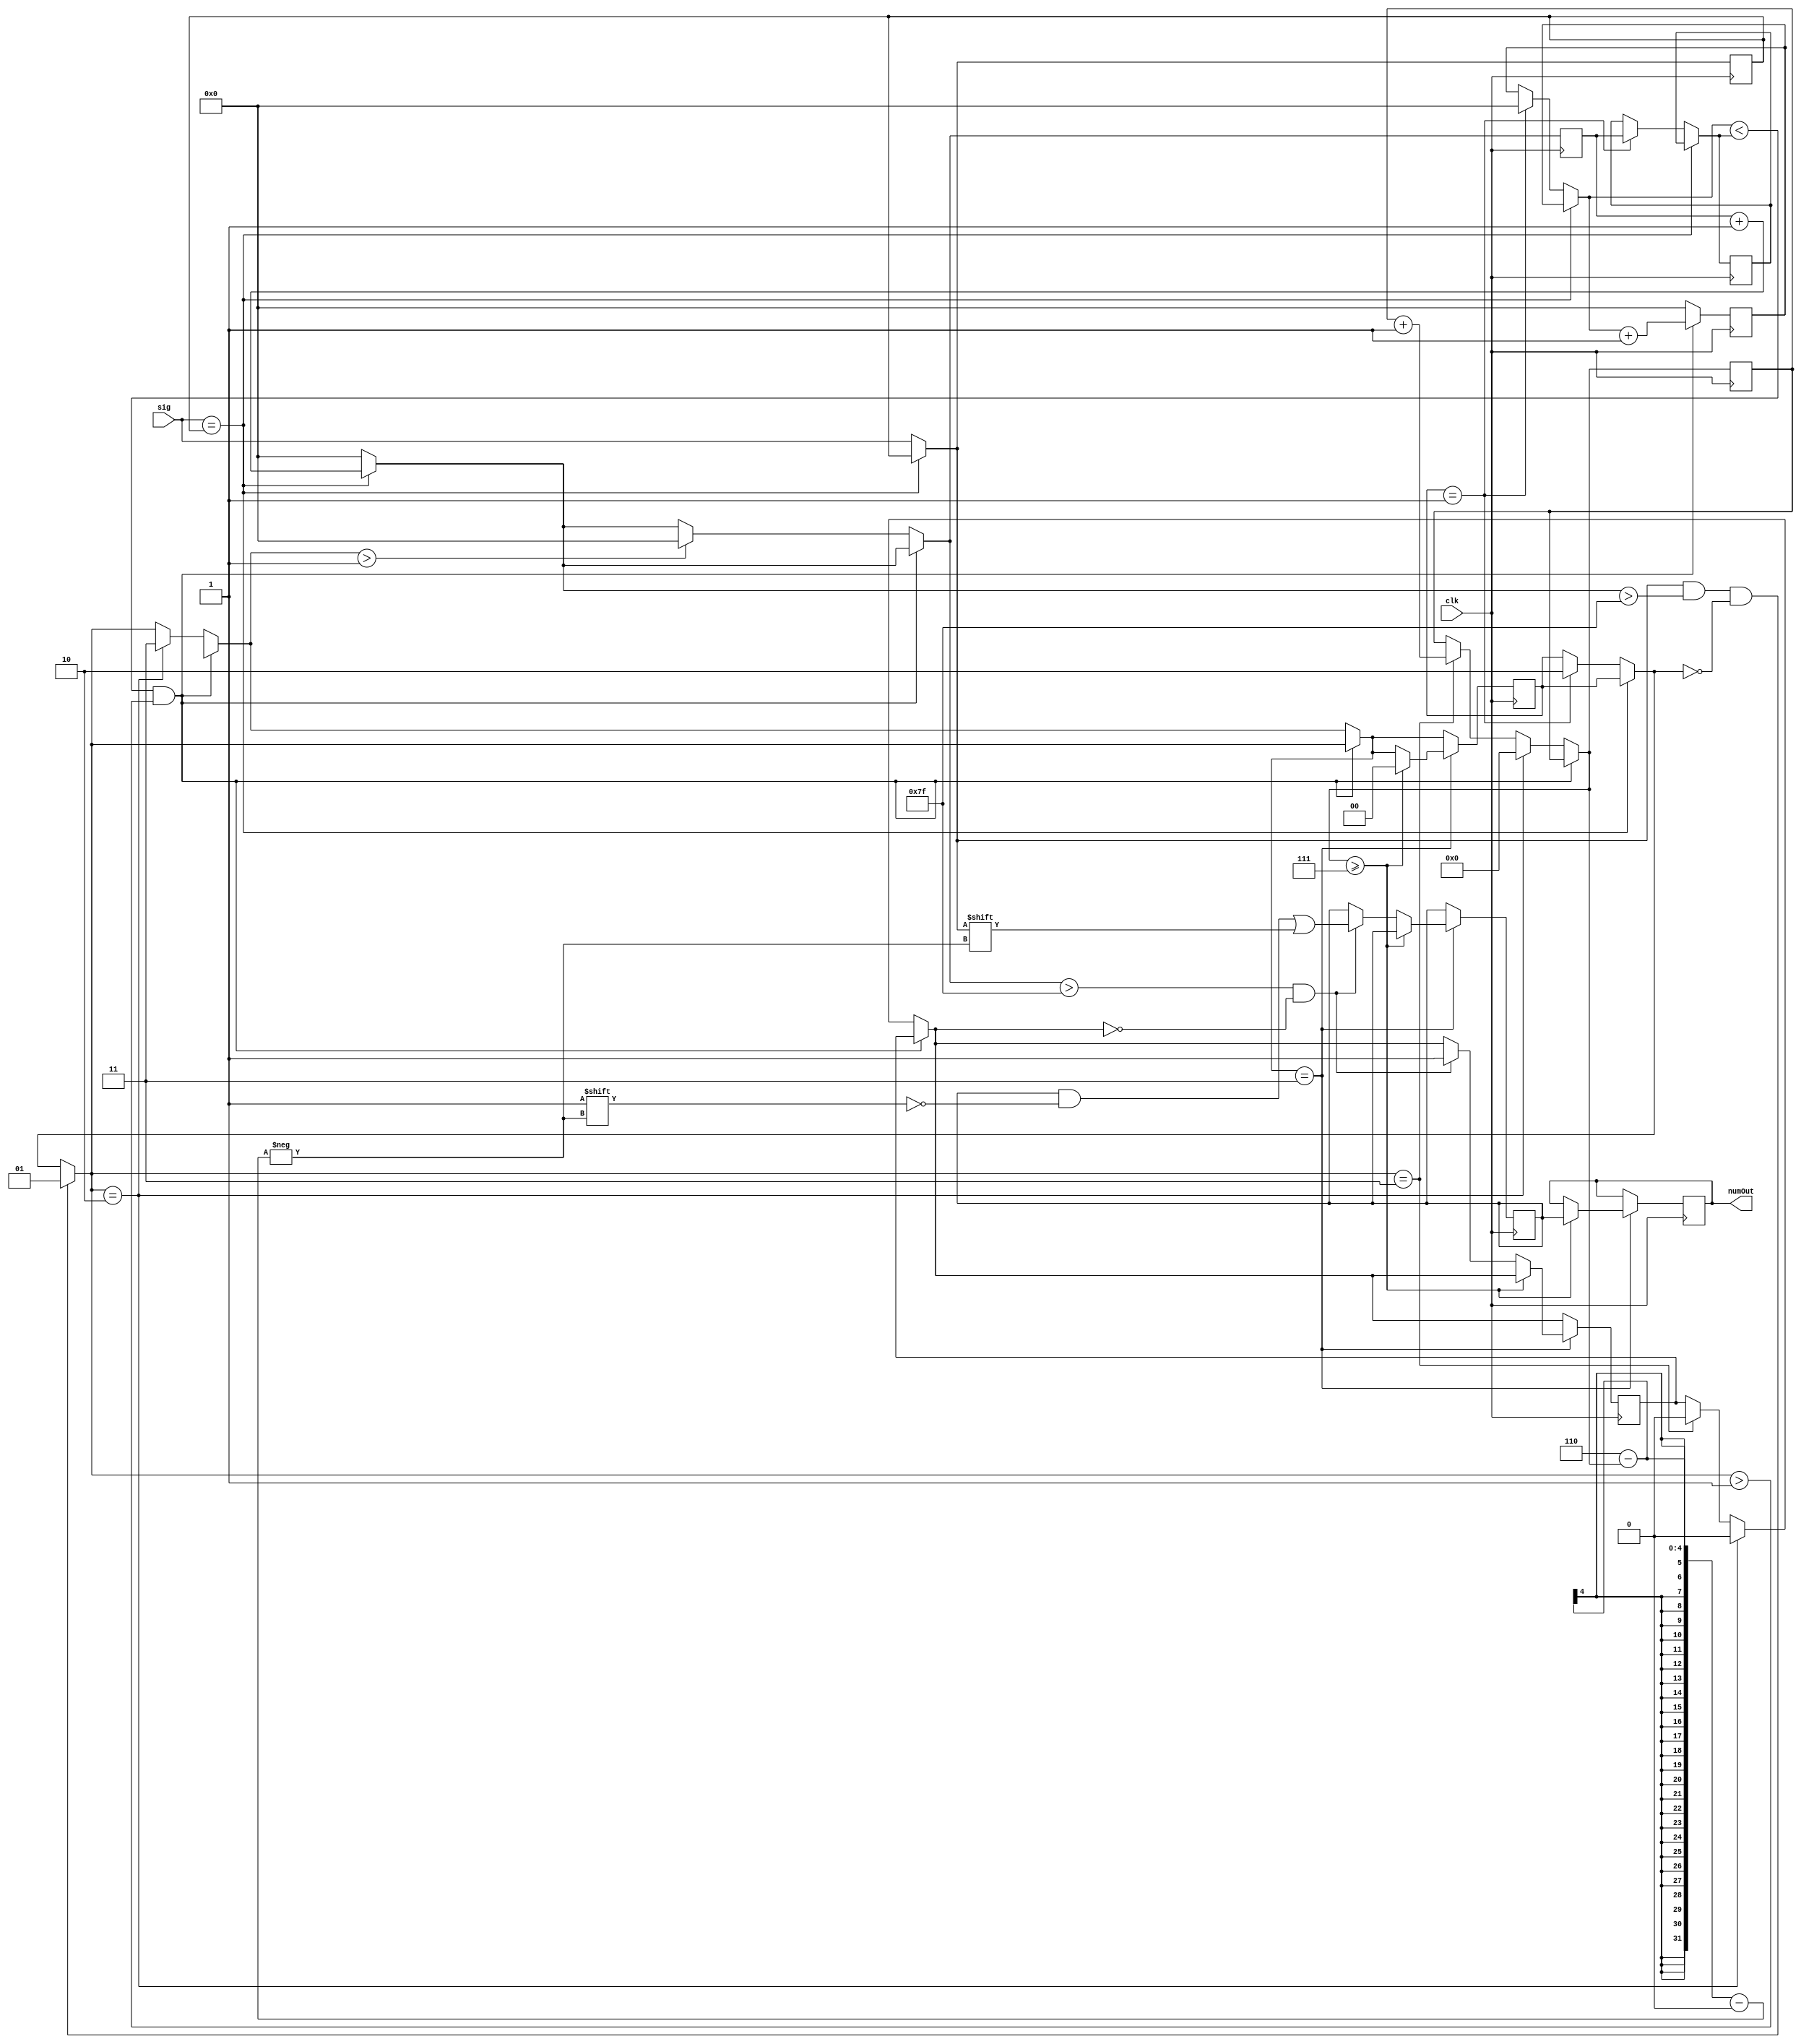
module Decoder(clk, sig, numOut);
/***
This module decodes an input signal, sig, reading a number, num.  The encoding is as follows: an initial HIGH pulse of length, tau_w clock cycles, appears, followed by an LOW pulse of equal length.  After the LOW pulse, the bits are encoded from most significant bit to least in time bins of length, tau_w, with bins adjacent to one another.  Finally, the input goes LOW. For example, a bit sequence along the lines of

1110001111110001110000000

would give a binary number, 1101.

This module decodes the signal by timing the initial HIGH pulse to determine tau_w, and then averaging a portion of the input sequence in each time bin of the recorded length, tau_w.

Ted Golfinopoulos, 9 Aug 2012
*/

parameter NUM_SIZE=7;
parameter TIMER_SIZE=13; //Number of bits in timer for measuring duration of ON/OFF pulses in clock cycles.  For 10E6 Hz clock and 2E3 Hz maximum input signal, ON/OFF pulses are 1/2E3 Hz = 500 us, so register has to be able to count to at least 10E6/2E3 = 5E3 < 2^13 = 8192.

parameter THRESHOLD_TIME=127; //Number of consecutive clock cycles that the signal must hold its value before the state is accepted as genuine.

input clk, sig;

output wire [NUM_SIZE-1:0] numOut;

reg [NUM_SIZE-1:0] newNum, lastNum;

reg [3:0] numIndex; //Number to indicate where to index into encoded binary number.

reg sigLast; //Bit holding last value of input state.

//Timers and pulse width registers.
reg [TIMER_SIZE-1:0] sigTimer, sequenceTimer, tau_w;

reg [1:0] stageInSequence; //Number representing the stage in searching for and parsing numbers from serial bit sequences - see below.

reg numLock; //When this bit is high, don't allow changes to bits in decoded number.

assign numOut=lastNum; //Assign wire output to lastNum register.

initial begin
	lastNum=1'b0; //Initialize output.
	newNum=1'b0;
	sigTimer=1'b0;
	sequenceTimer=1'b0;
	tau_w=1'b1;
	sigLast=1'b0;
	stageInSequence=1'b0;
	numIndex=1'b0;
	numLock=1'b0;
end

always @(posedge clk) begin
	//STAGES IN SEQUENCE:
	//0 => waiting for a new sequence.
	//1 => timing initial on pulse.
	//2 => waiting for off time that separates initial arm pulse from number pulse.
	//3 => parsing number pulse

	//TIME HOW LONG SIG HAS BEEN IN CURRENT STATE
	if(sig==sigLast) begin
		//Note - this timer will overflow.
		sigTimer=sigTimer+1'b1;
	end else begin
		//$display("State change");
		if(stageInSequence==1'b1) begin
			tau_w=sigTimer; //If we are timing the pulse length, record time.
			stageInSequence=2'b10; //Advance to next stage - wait for off pulse to finish.
			sequenceTimer=1'b0; //Reset sequence timer.
			sigTimer=1'b0; //Reset signal timer.
			//$display("stageInSequence=%b, sig=%b, tau_w=%d",stageInSequence,sig,tau_w);
		end
		sigTimer=1'b0; //Reset signal timer.
		sigLast=sig; //Update register holding last value of sig.
	end

	//Look for arm pulses - if found, time the arm pulse to calibrate the length of pulses in the sequence.
	if(sigLast && sigTimer>THRESHOLD_TIME && stageInSequence==1'b0) begin
		stageInSequence=1'b1; //Time initial on pulse to calibrate tau_w.
		//$display("stageInSequence=%b, sig=%b",stageInSequence,sig);
	end

	//SEQUENCE TIMER
	if(sequenceTimer<tau_w && stageInSequence>2'b01) begin
		sequenceTimer=sequenceTimer+1'b1; //Increment timer
	end else begin //Reset timer and increment index into parsed number.
		if(stageInSequence==2'b10) begin
			//Initial off period between arm pulse and number pulse is complete - advance stage in sequence.
			stageInSequence=2'b11;
			numIndex=1'b0;
			numLock=1'b0; //Turn off lock for changing bit values.
			//$display("stageInSequence=%b, sig=%b",stageInSequence,sig);
		end else if(stageInSequence==2'b11) begin
			numIndex=numIndex+1'b1; //Increment index in parsed number.
			numLock=1'b0; //Turn off lock on bit value for current number in sequence.
		end

		sequenceTimer=1'b0;
		//Reset signal timer - otherwise, can have repeated bits which are immediately
		//accepted as valid because they have been on for over the threshold time.
		if(stageInSequence>2'b01) begin sigTimer=1'b0; end
	end

	//STAGE 3 - PARSE NUMBERS FROM INPUT SEQUENCE.
	if(stageInSequence==2'b11) begin
		if(numIndex>=NUM_SIZE) begin
			lastNum=newNum; //Update stored number.
			stageInSequence=1'b0; //Number has been parsed - sequence is done.
			//$display("stageInSequence=%b, sig=%b",stageInSequence,sig);
		end else if(sigTimer>THRESHOLD_TIME && !numLock) begin
			newNum[NUM_SIZE-1-numIndex]=sigLast; //Update bit in new number.
			numLock=1'b1; //Don't allow any more changes for this bit in the number.
			//$display("Recorded bit, %b, which has held for %d cycles", sigLast,sigTimer);
		end
	end

end

endmodule